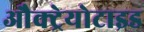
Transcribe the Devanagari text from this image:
औक्ट्रेयोटाइड